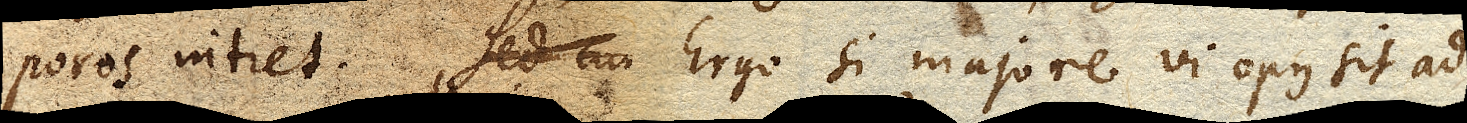
poros intret. Sed cur Ergo si majore vi opus sit ad